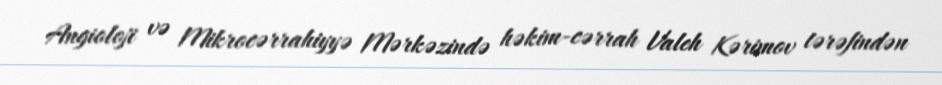
Angioloji və Mikrocərrahiyyə Mərkəzində həkim-cərrah Valeh Kərimov tərəfindən